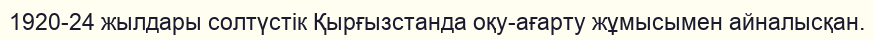
1920-24 жылдары солтүстік Қырғызстанда оқу-ағарту жұмысымен айналысқан.